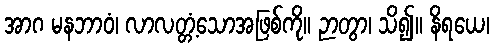
အာဂ မနဘာဝံ၊ လာလတ္တံ့သောအဖြစ်ကို။ ဉာတွာ၊ သိ၍။ နိရယေ၊